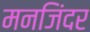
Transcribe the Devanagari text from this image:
मनजिंदर